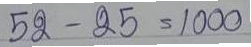
52 - 25 = 1000